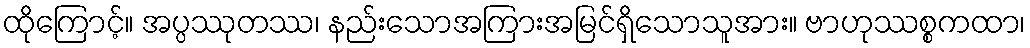
ထိုကြောင့်။ အပ္ပဿုတဿ၊ နည်းသောအကြားအမြင်ရှိသောသူအား။ ဗာဟုဿစ္စကထာ၊